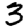
Digit: 3